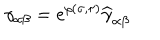
LaTeX: \gamma _ { \alpha \beta } = e ^ { \rho ( \sigma , \tau ) } { \widehat \gamma } _ { \alpha \beta }